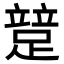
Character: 𨃱